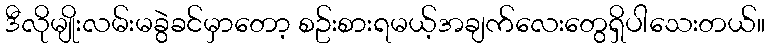
ဒီလိုမျိုးလမ်းမခွဲခင်မှာတော့ စဥ်းစားရမယ့်အချက်လေးတွေရှိပါသေးတယ်။